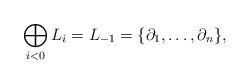
LaTeX: \begin{align*}\bigoplus_{i<0} L_i=L_{-1}=\{\partial_1,\dots,\partial_n\},\end{align*}